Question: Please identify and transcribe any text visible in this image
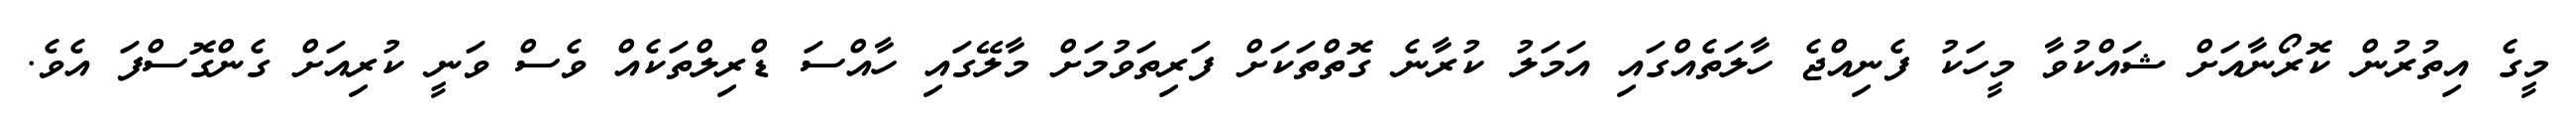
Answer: މީގެ އިތުރުން ކޮރޯނާއަށް ޝައްކުވާ މީހަކު ފެނިއްޖެ ހާލަތެއްގައި އަމަލު ކުރާނެ ގޮތްތަކަށް ފަރިތަވުމަށް މާލޭގައި ހާއްސަ ޑްރިލްތަކެއް ވެސް ވަނީ ކުރިއަށް ގެންގޮސްފަ އެވެ.